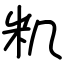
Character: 籶